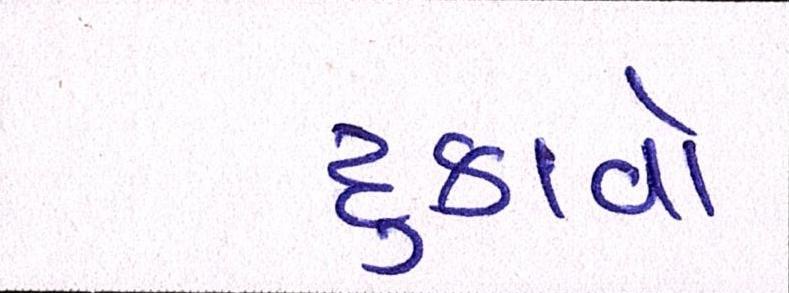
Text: દુઃકાવો